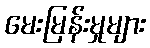
မေးမြန်းမှုများ